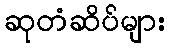
ဆုတံဆိပ်များ